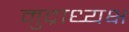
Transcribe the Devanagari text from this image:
मुद्राध्यक्ष